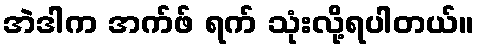
အဲဒါက အက်ဖ် ရက် သုံးလို့ရပါတယ်။